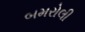
બમરોલી